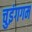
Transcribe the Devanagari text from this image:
चुइंगगम